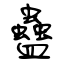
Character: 蠱